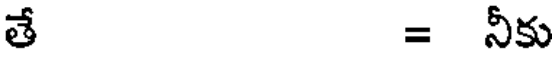
తే = నీకు